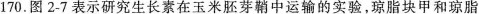
170.图2-7表示研究生长素在玉米胚芽鞘中运输的实验，琼脂块甲和琼脂